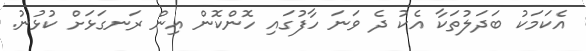
އެކަމަކު ބަދަލުތަކާ އެކު ދެ ވަނަ ހާފުގައި ހޮންކޮން އިން ރަނގަޅަށް ކުޅުނު.